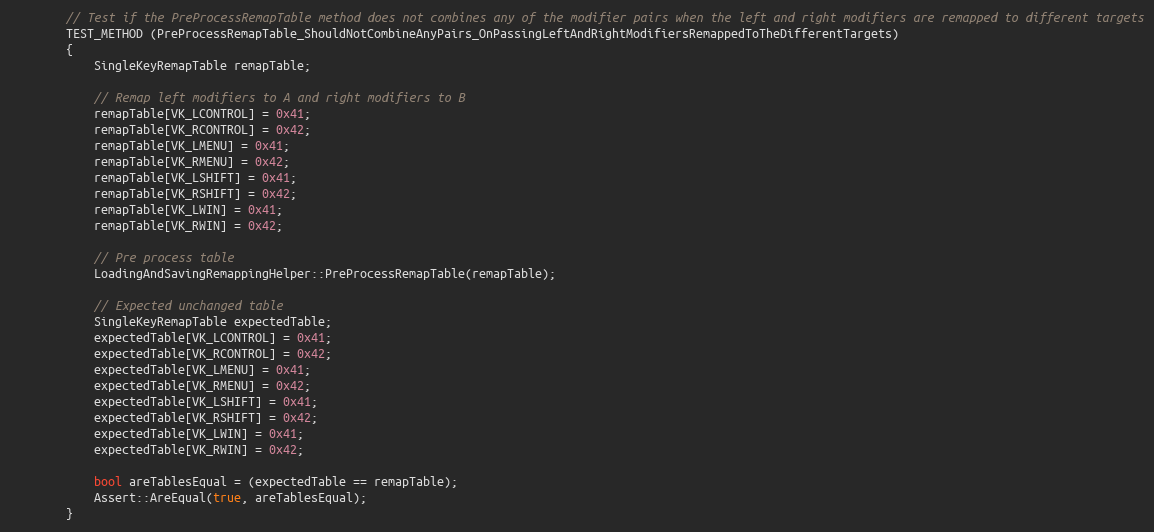
Language: C++
        // Test if the PreProcessRemapTable method does not combines any of the modifier pairs when the left and right modifiers are remapped to different targets
        TEST_METHOD (PreProcessRemapTable_ShouldNotCombineAnyPairs_OnPassingLeftAndRightModifiersRemappedToTheDifferentTargets)
        {
            SingleKeyRemapTable remapTable;

            // Remap left modifiers to A and right modifiers to B
            remapTable[VK_LCONTROL] = 0x41;
            remapTable[VK_RCONTROL] = 0x42;
            remapTable[VK_LMENU] = 0x41;
            remapTable[VK_RMENU] = 0x42;
            remapTable[VK_LSHIFT] = 0x41;
            remapTable[VK_RSHIFT] = 0x42;
            remapTable[VK_LWIN] = 0x41;
            remapTable[VK_RWIN] = 0x42;

            // Pre process table
            LoadingAndSavingRemappingHelper::PreProcessRemapTable(remapTable);

            // Expected unchanged table
            SingleKeyRemapTable expectedTable;
            expectedTable[VK_LCONTROL] = 0x41;
            expectedTable[VK_RCONTROL] = 0x42;
            expectedTable[VK_LMENU] = 0x41;
            expectedTable[VK_RMENU] = 0x42;
            expectedTable[VK_LSHIFT] = 0x41;
            expectedTable[VK_RSHIFT] = 0x42;
            expectedTable[VK_LWIN] = 0x41;
            expectedTable[VK_RWIN] = 0x42;

            bool areTablesEqual = (expectedTable == remapTable);
            Assert::AreEqual(true, areTablesEqual);
        }